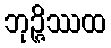
ဘုဉ္ဇိဿထ